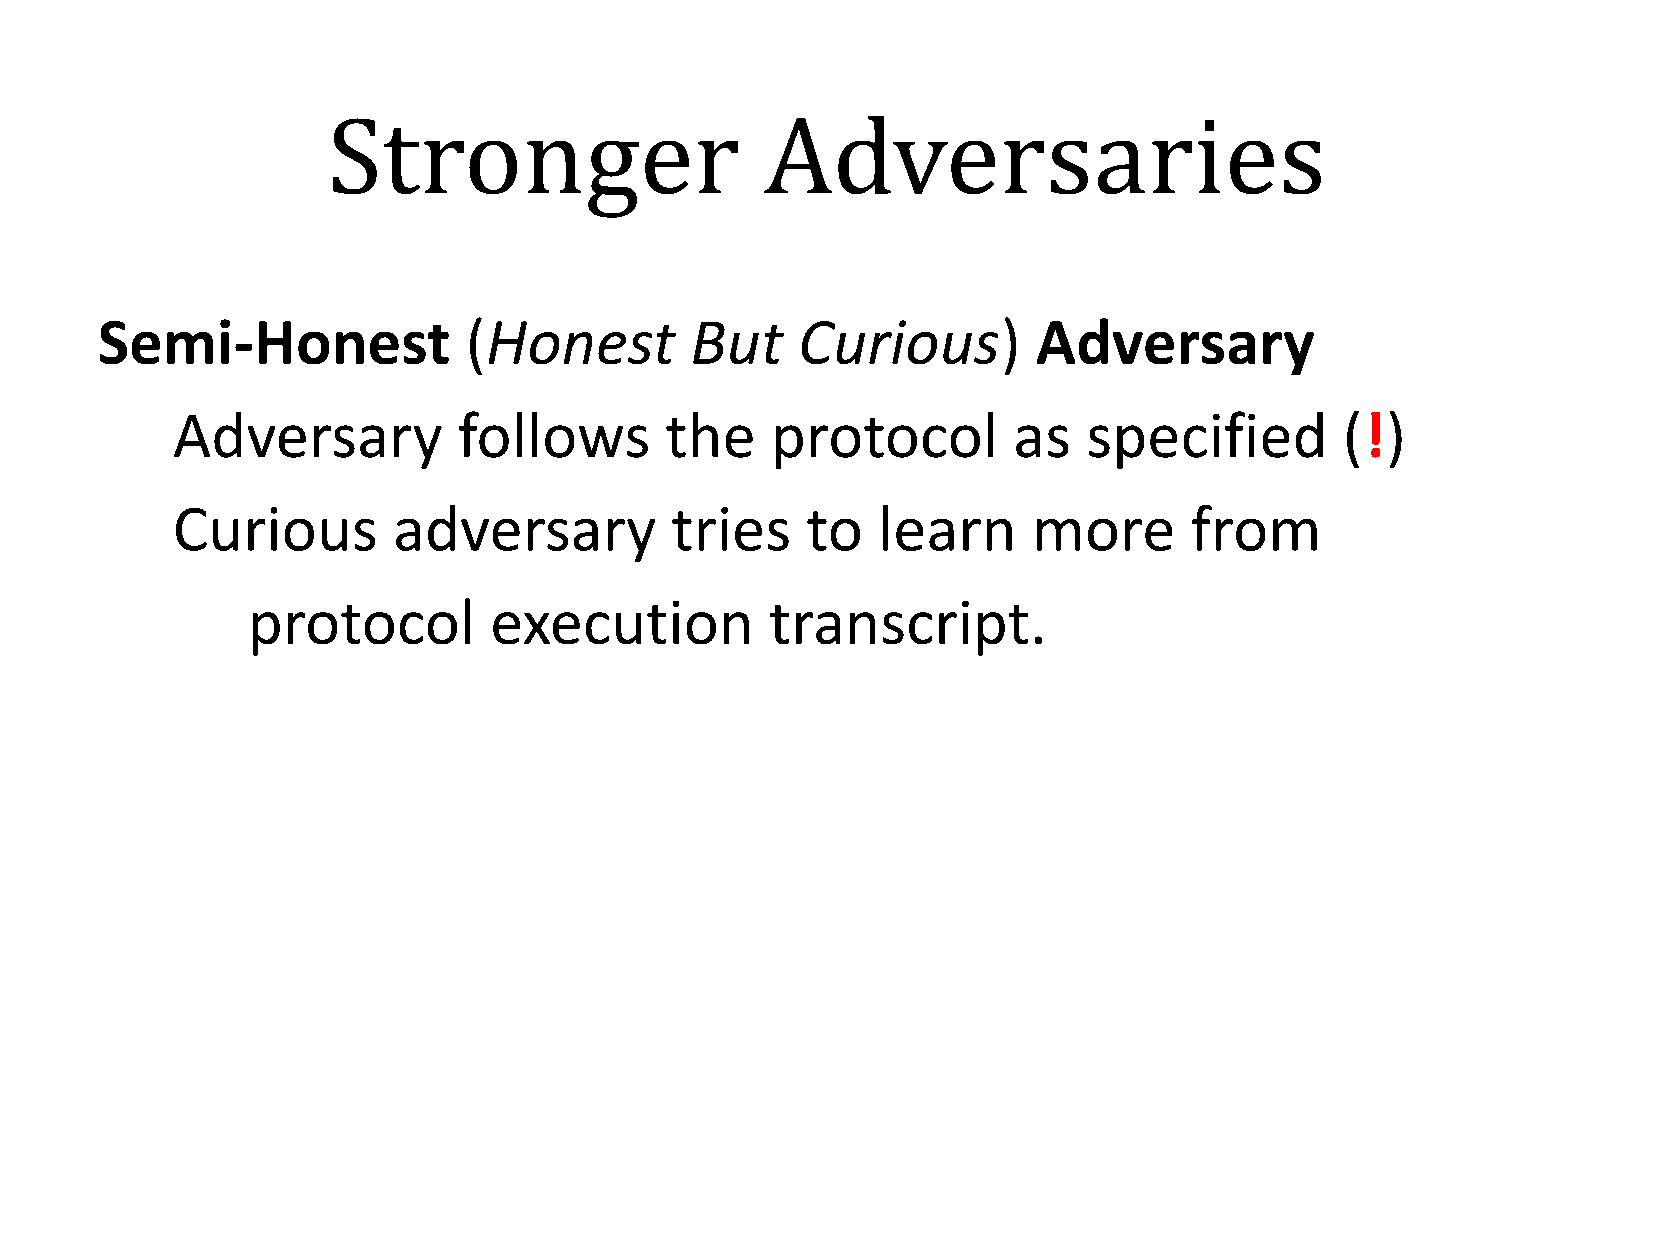
Stronger                     Adversaries
 Semi-Honest              (Honest        But    Curious)        Adversary
 Adversary          follows       the    protocol        as   specified        (!)
 Curious        adversary         tries    to   learn     more       from
 protocol        execution          transcript.